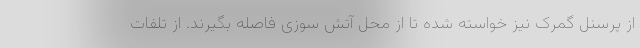
از پرسنل گمرک نیز خواسته شده تا از محل آتش سوزی فاصله بگیرند. از تلفات